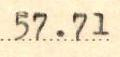
57.71